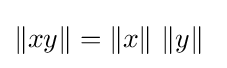
\|xy\|=\|x\|\ \|y\|~